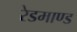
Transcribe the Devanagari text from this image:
रेडमाण्ड